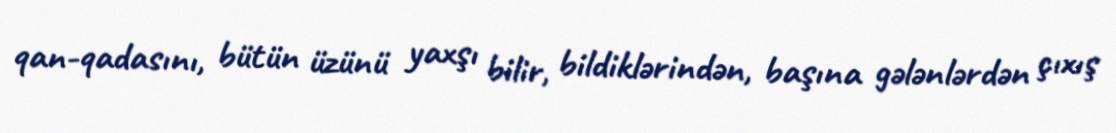
qan-qadasını, bütün üzünü yaxşı bilir, bildiklərindən, başına gələnlərdən çıxış